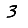
Digit: 3